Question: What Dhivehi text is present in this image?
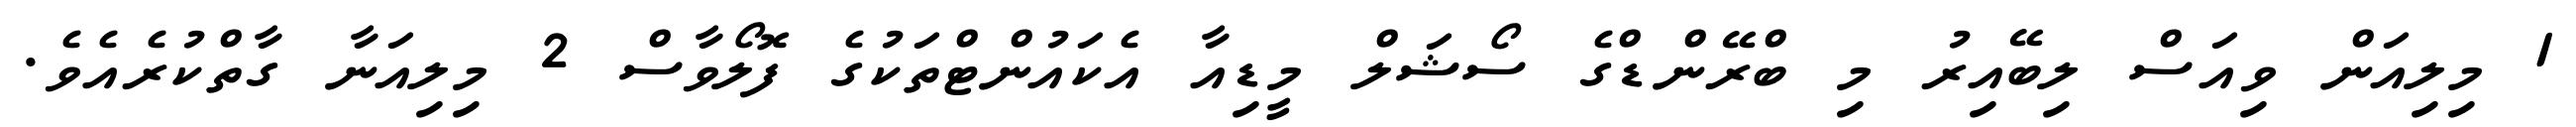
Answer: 1 މިލިއަން ވިއަސް ލިބޭއިރު މި ބްރޭންޑްގެ ސޯޝަލް މީޑިއާ އެކައުންޓްތަކުގެ ފޮލޯވާސް 2 މިލިއަނާ ގާތްކުރެއެވެ.